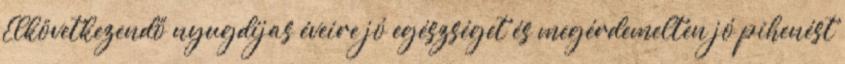
Elkövetkezendő nyugdíjas éveire jó egészséget és megérdemelten jó pihenést